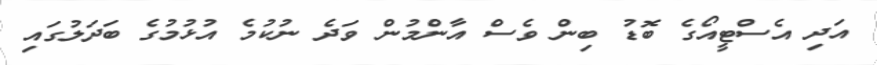
އަދި އެސްޓީއޯގެ ބޮޑު ބިން ވެސް އާންމުން ވަދެ ނުކުމެ އުޅުމުގެ ބަދަލުގައި